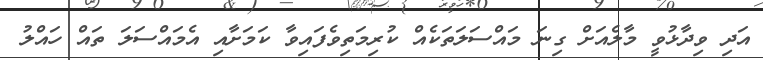
އަދި ވިދާޅުވީ މާލެއަށް ގިނަ މައްސަލަތަކެއް ކުރިމަތިވެފައިވާ ކަމަށާއި އެމައްސަލަ ތައް ހައްލު